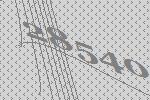
28540